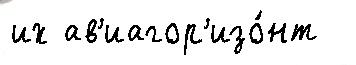
их ав'иагор'изо́нт